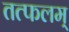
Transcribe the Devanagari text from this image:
तत्फलम्